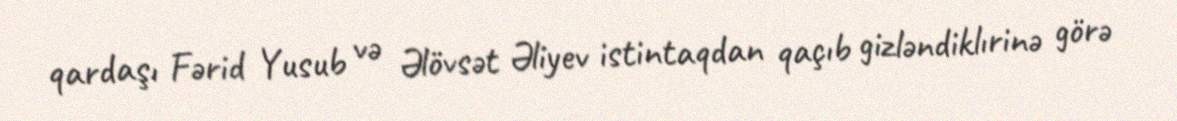
qardaşı Fərid Yusub və Əlövsət Əliyev istintaqdan qaçıb gizləndiklırinə görə